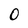
Character: 0